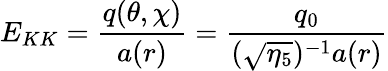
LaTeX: E_{KK}=\frac{q(\theta,\chi)}{a(r)}=\frac{q_{0}}{(\sqrt{\eta_{5}})^{-1}a(r)}